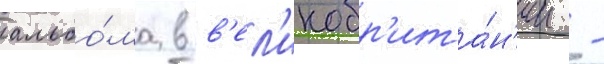
альбо́ма в в'ел'икобр'ита́н'ии -